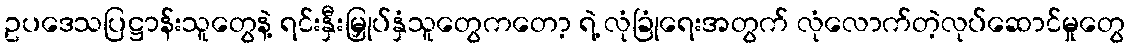
ဥပဒေသပြဋ္ဌာန်းသူတွေနဲ့ ရင်းနှီးမြှုပ်နှံသူတွေကတော့ ရဲ့ လုံခြုံရေးအတွက် လုံလောက်တဲ့လုပ်ဆောင်မှုတွေ